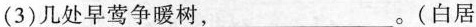
(3)几处早莺争暖树，___。(白居